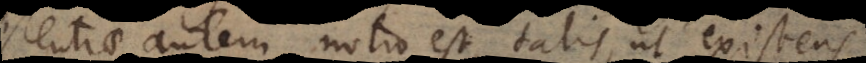
stentiae autem notio est talis, ut existens